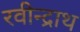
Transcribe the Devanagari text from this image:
रवीन्द्राथ